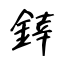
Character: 﨨